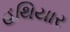
હથિયાર